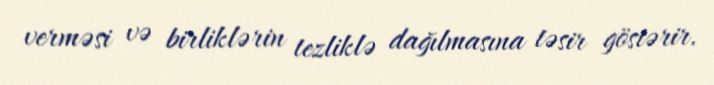
verməsi və birliklərin tezliklə dağılmasına təsir göstərir.